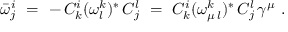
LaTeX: \bar { \omega } _ { j } ^ { i } \ = \ - \, C _ { k } ^ { i } ( \omega _ { l } ^ { k } ) ^ { * } \, C _ { j } ^ { l } \ = \ C _ { k } ^ { i } ( \omega _ { \mu \, l } ^ { k } ) ^ { * } \, C _ { j } ^ { l } \, \gamma ^ { \mu } \ .